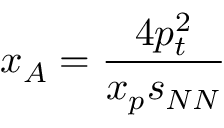
x _ { A } = { \frac { 4 p _ { t } ^ { 2 } } { x _ { p } s _ { N N } } }